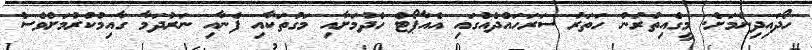
ހޯދައިދިނުމަށް. މީގެއިތުރުން ހަތަރު ސަރަހައްދެއްގައި އެއާޕޯޓް ހެދުމަށާއި މަގުތަކާއި ފެނާއި ނަރުދަމާ ގާއިމުކުރުމަށްވެސް